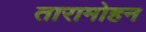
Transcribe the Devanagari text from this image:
तारामोहन